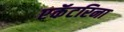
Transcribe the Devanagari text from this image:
एकॅटरिना